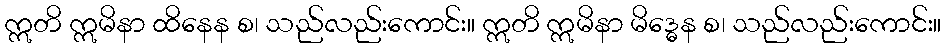
ဣတိ ဣမိနာ ထိနေန စ၊ သည်လည်းကောင်း။ ဣတိ ဣမိနာ မိဒ္ဓေန စ၊ သည်လည်းကောင်း။